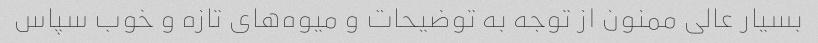
بسیار عالی ممنون از توجه به توضیحات و میوه‌های تازه و خوب سپاس